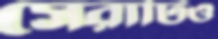
সেরাটিও